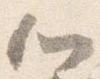
心